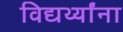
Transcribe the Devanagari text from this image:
विद्यर्थ्यांना